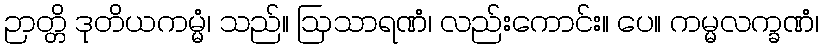
ဉာတ္တိ ဒုတိယကမ္မံ၊ သည်။ ဩသာရဏံ၊ လည်းကောင်း။ ပေ။ ကမ္မလက္ခဏံ၊